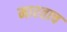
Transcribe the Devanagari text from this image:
मारताच